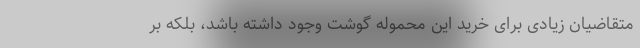
متقاضیان زیادی برای خرید این محموله گوشت وجود داشته باشد، بلکه بر